Sanitation, dispensaries and jails vaccination Rajputana 1922-1927 - 1922-1927
Year: 1922
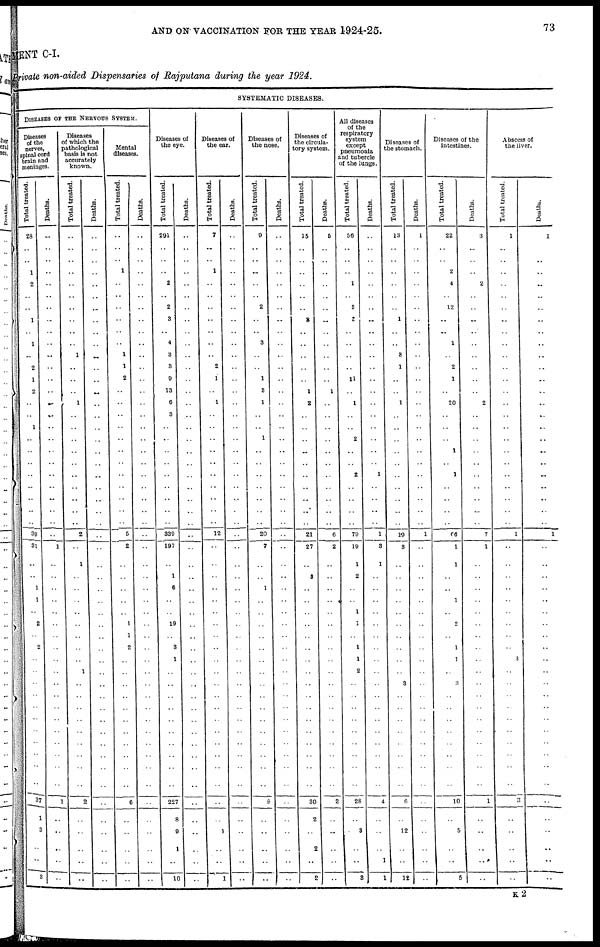
AND ON VACCINATION FOR THE YEAR 1924-25.
73
MENT C-I.
Private non-aided Dispensaries of Rajputana during the year 1924.
SYSTEMATIC DISEASES.
DISEASES OF THE NERVOUS SYSTEM.
Diseases
of the
nerves,
spinal cord
brain and
meninges.
Total treated.
28
..
..
1
2
..
..
1
..
1
..
2
1
2
..
..
1
..
..
..
..
..
..
..
..
39
31
..
..
1
1
..
2
..
2
..
..
..
..
..
..
..
..
..
..
..
37
1
3
..
..
3
Deaths.
..
..
..
..
..
..
..
..
..
..
..
..
..
..
..
..
..
..
..
..
..
..
..
..
..
..
1
..
..
..
..
..
..
..
..
..
..
..
..
..
..
..
..
..
..
..
1
..
..
..
..
..
Diseases
of which the
pathological
basis is not
accurately
known.
Total treated.
..
..
..
..
..
..
..
..
..
..
1
..
..
..
1
..
..
..
..
..
..
..
..
..
..
2
..
1
..
..
..
..
..
..
..
..
1
..
..
..
..
..
..
..
..
..
2
..
..
..
..
..
Deaths.
..
..
..
..
..
..
..
..
..
..
..
..
..
..
..
..
..
..
..
..
..
..
..
..
..
..
..
..
..
..
..
..
..
..
..
..
..
..
..
..
..
..
..
..
..
..
..
..
..
..
..
..
Mental
diseases.
Total treated.
..
..
..
1
..
..
..
..
..
..
1
1
2
..
..
..
..
..
..
..
..
..
..
..
..
5
2
..
..
..
..
..
1
1
2
..
..
..
..
..
..
..
..
..
..
..
6
..
..
..
..
..
Deaths.
..
..
..
..
..
..
..
..
..
..
..
..
..
..
..
..
..
..
..
..
..
..
..
..
..
..
..
..
..
..
..
..
..
..
..
..
..
..
..
..
..
..
..
..
..
..
..
..
..
..
..
..
Diseases of
the eye.
Total treated.
291
..
..
..
2
..
2
3
..
4
3
3
9
13
6
3
..
..
..
..
..
..
..
..
..
339
197
..
1
6
..
..
19
..
3
1
..
..
..
..
..
..
..
..
..
..
227
8
9
1
..
10
Deaths.
..
..
..
..
..
..
..
..
..
..
..
..
..
..
..
..
..
..
..
..
..
..
..
..
..
..
..
..
..
..
..
..
..
..
..
..
..
..
..
..
..
..
..
..
..
..
..
..
..
..
..
..
Diseases of
the ear.
Total treated.
7
..
..
1
..
..
..
..
..
..
..
2
1
..
1
..
..
..
..
..
..
..
..
..
..
12
..
..
..
..
..
..
..
..
..
..
..
..
..
..
..
..
..
..
..
..
..
..
1
..
..
1
Deaths.
..
..
..
..
..
..
..
..
..
..
..
..
..
..
..
..
..
..
..
..
..
..
..
..
..
..
..
..
..
..
..
..
..
..
..
..
..
..
..
..
..
..
..
..
..
..
..
..
..
..
..
..
Diseases of
the nose.
Total treated.
9
..
..
..
..
..
2
..
..
3
..
..
1
3
1
..
..
1
..
..
..
..
..
..
..
20
7
..
..
1
..
..
..
..
..
..
..
..
..
..
..
..
..
..
..
..
8
..
..
..
..
..
Deaths.
..
..
..
..
..
..
..
..
..
..
..
..
..
..
..
..
..
..
..
..
..
..
..
..
..
..
..
..
..
..
..
..
..
..
..
..
..
..
..
..
..
..
..
..
..
..
..
..
..
..
..
..
Diseases of
the circula-
tory system.
Total treated.
15
..
..
..
..
..
..
3
..
..
..
..
..
1
2
..
..
..
..
..
..
..
..
..
..
21
27
..
3
..
..
..
..
..
..
..
..
..
..
..
..
..
..
..
..
..
30
2
..
2
..
2
Deaths.
5
..
..
..
..
..
..
..
..
..
..
..
..
1
..
..
..
..
..
..
..
..
..
..
..
6
2
..
..
..
..
..
..
..
..
..
..
..
..
..
..
..
..
..
..
..
2
..
..
..
..
..
All diseases
of the
respiratory
system
except
pneumonia
and tubercle
of the lungs.
Total treated.
56
..
..
..
1
..
3
3
..
..
..
..
11
..
1
..
..
2
..
..
2
..
..
..
..
79
19
1
2
..
..
1
1
..
1
1
2
..
..
..
..
..
..
..
..
..
28
..
3
..
..
3
Deaths.
..
..
..
..
..
..
..
..
..
..
..
..
..
..
..
..
..
..
..
..
1
..
..
..
..
1
3
1
..
..
..
..
..
..
..
..
..
..
..
..
..
..
..
..
..
..
4
..
..
..
1
1
Diseases of
the stomach.
Total treated.
13
..
..
..
..
..
..
1
..
..
3
1
..
..
1
..
..
..
..
..
..
..
..
..
..
19
3
..
..
..
..
..
..
..
..
..
..
3
..
..
..
..
..
..
..
..
6
..
12
..
..
12
Deaths.
1
..
..
..
..
..
..
..
..
..
..
..
..
..
..
..
..
..
..
..
..
..
..
..
..
1
..
..
..
..
..
..
..
..
..
..
..
..
..
..
..
..
..
..
..
..
..
..
..
..
..
..
Diseases of the
Intestines.
Total treated.
22
..
..
2
4
..
12
..
..
1
..
2
1
..
20
..
..
..
1
..
1
..
..
..
..
66
1
1
..
..
1
..
9
..
1
1
..
3
..
..
..
..
..
..
..
..
10
..
5
..
..
5
Deaths.
3
..
..
..
2
..
..
..
..
..
..
..
..
..
2
..
..
..
..
..
..
..
..
..
..
7
1
..
..
..
..
..
..
..
..
..
..
..
..
..
..
..
..
..
..
..
1
..
..
..
..
..
Abscess of
the liver.
Total treated.
1
..
..
..
..
..
..
..
..
..
..
..
..
..
..
..
..
..
..
..
..
..
..
..
..
1
..
..
..
..
..
..
..
..
..
3
..
..
..
..
..
..
..
..
..
..
3
..
..
..
..
..
Deaths.
1
..
..
..
..
..
..
..
..
..
..
..
..
..
..
..
..
..
..
..
..
..
..
..
..
1
..
..
..
..
..
..
..
..
..
..
..
..
..
..
..
..
..
..
..
..
..
..
..
..
..
..
K 2